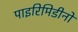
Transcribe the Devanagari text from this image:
पाइरिमिडीनों